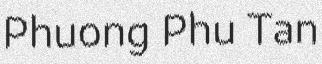
Phuong Phu Tan